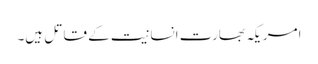
امریکہ بھارت انسانیت کے قاتل ہیں۔